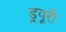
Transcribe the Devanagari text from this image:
ड्रयूरी